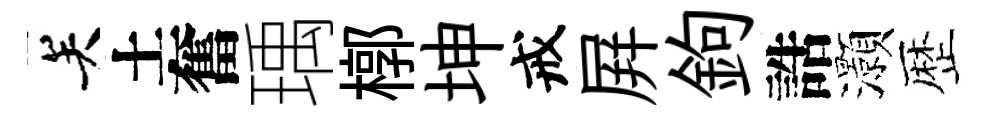
关土奮瑀槨坤戒屛鉤誥灝歴